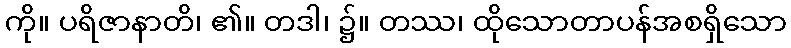
ကို။ ပရိဇာနာတိ၊ ၏။ တဒါ၊ ၌။ တဿ၊ ထိုသောတာပန်အစရှိသော